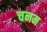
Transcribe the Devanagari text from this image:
चनम